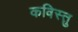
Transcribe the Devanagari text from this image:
कविस्तु